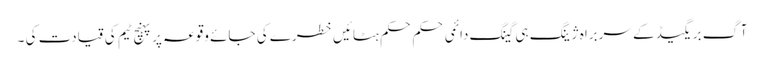
آگ بریگیڈ کے سربراہ ژینگ ہی گینگ دائمی حکم حکم ہٹائیں خطرے کی جائے وقوعہ پر پہنچ ٹیم کی قیادت کی ۔